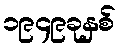
၁၉၄၉ခုနှစ်